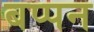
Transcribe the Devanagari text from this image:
बप्पन